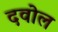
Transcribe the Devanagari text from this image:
दवोल